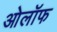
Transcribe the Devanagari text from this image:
ओलॉफ